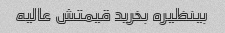
بینظیره بخرید قیمتش عالیه